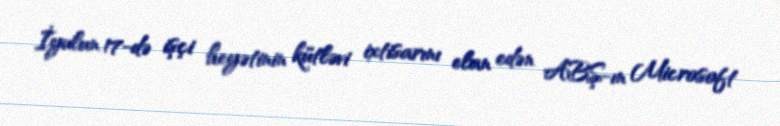
İyulun 17-də işçi heyətinin kütləvi ixtisarını elan edən ABŞ-ın Microsoft